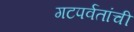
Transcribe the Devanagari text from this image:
गटपर्वतांची